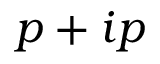
p + i p